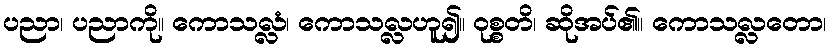
ပညာ၊ ပညာကို။ ကောသလ္လံ၊ ကောသလ္လဟူ၍။ ဝုစ္စတိ၊ ဆိုအပ်၏။ ကောသလ္လတော၊